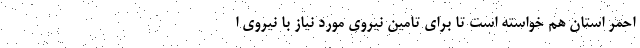
احمر استان هم خواسته است تا برای تامین نیروی مورد نیاز با نیروی ا